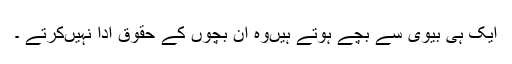
ایک ہی بیوی سے بچے ہوتے ہیں‌وہ ان بچوں کے حقوق ادا نہیں‌کرتے ۔